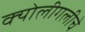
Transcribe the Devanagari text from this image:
क्योलीगलीचे